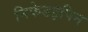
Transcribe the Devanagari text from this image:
निफेडइपिन